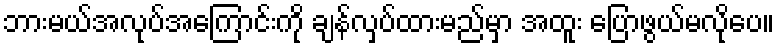
ဘားမယ်အလုပ်အကြောင်းကို ချန်လှပ်ထားမည်မှာ အထူး ပြောဖွယ်မလိုပေ။